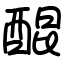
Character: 醌